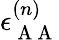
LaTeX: \epsilon_{\mathrm{~A~A~}}^{(n)}